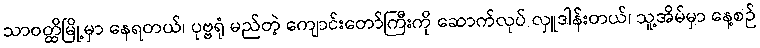
သာဝတ္ထိမြို့မှာ နေရတယ်၊ ပုဗ္ဗရုံ မည်တဲ့ ကျောင်းတော်ကြီးကို ဆောက်လုပ် လှူဒါန်းတယ်၊ သူ့အိမ်မှာ နေ့စဉ်